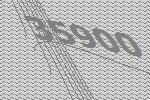
35900